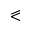
\eqslantless